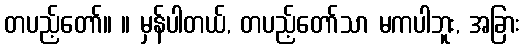
တပည့်တော်။ ။ မှန်ပါတယ်, တပည့်တော်သာ မကပါဘူး, အခြား